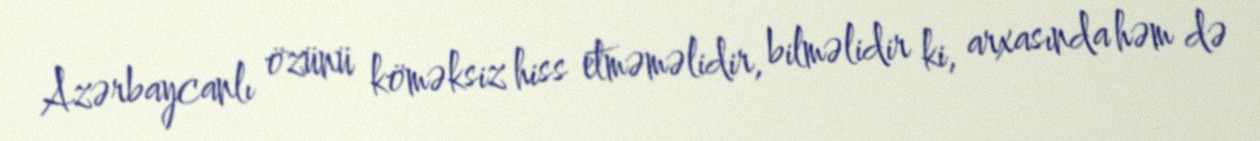
Azərbaycanlı özünü köməksiz hiss etməməlidir, bilməlidir ki, arxasında həm də